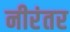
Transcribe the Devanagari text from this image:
नीरंतर